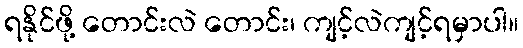
ရနိုင်ဖို့ တောင်းလဲ တောင်း၊ ကျင့်လဲကျင့်ရမှာပါ။